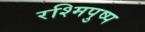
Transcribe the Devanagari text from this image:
रश्मिपुष्प